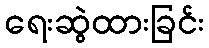
ရေးဆွဲထားခြင်း